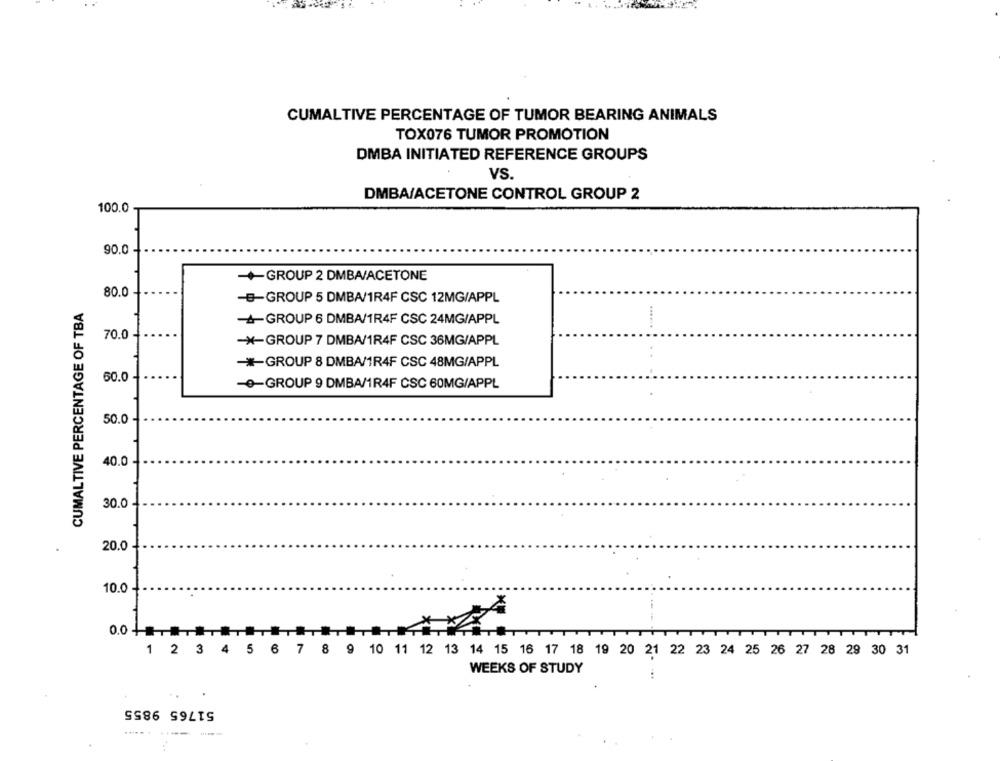
CUMALTIVE PERCENTAGE OF TUMOR BEARING ANIMALS
TOX076 TUMOR PROMOTION
DMBA INITIATED REFERENCE GROUPS
VS.
DMBA/ACETONE CONTROL GROUP 2
100.0
90.0
+GROUP 2 DMBA/ACETONE
80.0
CUMALTIVE PERCENTAGE OF TBA
-B-GROUP 5 DMBA/1R4F CSC 12MG/APPL
-GROUP 6 DMBA/1R4F CSC 24MG/APPL
70.0
-*- GROUP 7 DMBA/1R4F CSC 36MG/APPL
*GROUP 8 DMBA/1R4F CSC 48MG/APPL
60.0
-e-GROUP 9 DMBA/1R4F CSC 60MG/APPL
50.0
40.0
30.0
20.0
10.0
0.0 +
1 2 3 4 5 6 7 8 9 10 11 12 13 14 15 16 17 18 19 20 21 22 23 24 25 26 27 28 29 30 31
WEEKS OF STUDY
51765 9855